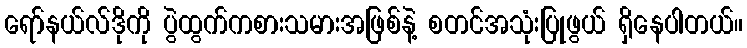
ရော်နယ်လ်ဒိုကို ပွဲထွက်ကစားသမားအဖြစ်နဲ့ စတင်အသုံးပြုဖွယ် ရှိနေပါတယ်။